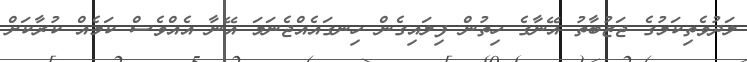
ލަދުވެތިކަމުގެ ޖަޒުބާތު އޭނާގެ ހިތުން ފިލައިގެން ހިނގައެއްޖެނަމަ އޭނާ އެއްވެސް ކަމެއް ކުރާކަށް